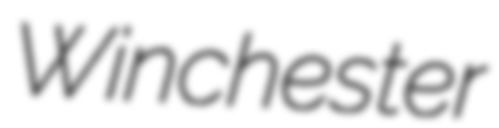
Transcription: Winchester